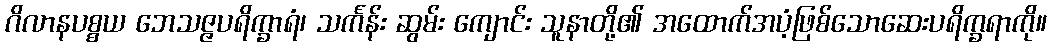
ဂိလာနပစ္စယ ဘေသဇ္ဇပရိက္ခာရံ၊ သင်္ကန်း ဆွမ်း ကျောင်း သူနာတို့၏ အထောက်အပံ့ဖြစ်သောဆေးပရိက္ခရာကို။